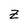
Character: Z